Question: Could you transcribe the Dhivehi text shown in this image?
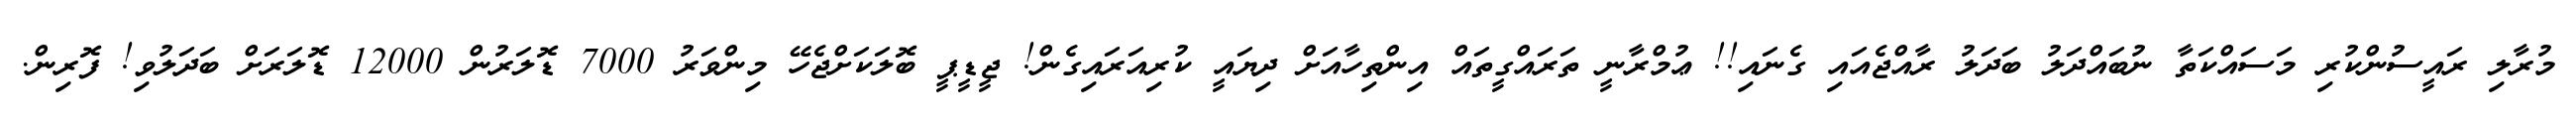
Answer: މުރާލި ރައީސުންކުރި މަސައްކަތާ ނުބައްދަލު ބަދަލު ރާއްޖެއައި ގެނައި!! ޢުމްރާނީ ތަރައްގީތައް އިންތިހާއަށް ދިޔައީ ކުރިއަރައިގެން! ޖީޑީޕީ ބޮލަކަށްޖެހޭ މިންވަރު 7000 ޑޮލަރުން 12000 ޑޮލަރަށް ބަދަލުވި! ފޮރިން.